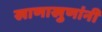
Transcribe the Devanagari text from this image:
खाणाखुणांनी